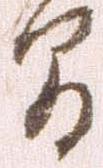
間